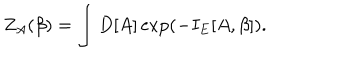
LaTeX: Z _ { A } ( \beta ) = \int D [ A ] \exp \left( - I _ { E } [ A , \beta ] \right) .